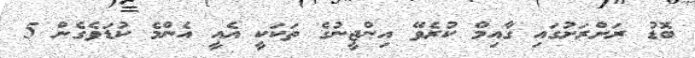
ބޮޑު ރަށްރަށުގައި ގާއިމް ކުރެވޭ އިންޖީނުގެ ތަކަކީ އެއީ އެންމެ ކުޑަވެގެން 5